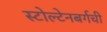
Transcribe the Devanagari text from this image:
स्टोल्टेनबर्गची